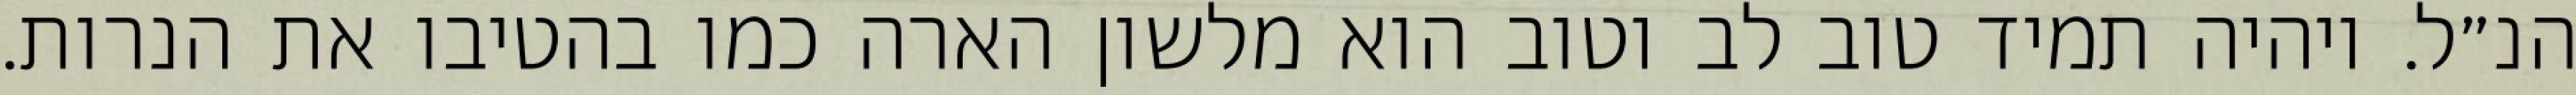
הנ״ל. ויהיה תמיד טוב לב וטוב הוא מלשון הארה כמו בהטיבו את הנרות.